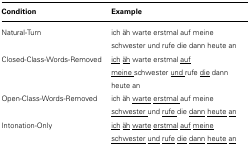
<table><thead><tr><td><b>Condition</b></td><td><b>Example</b></td></tr></thead><tbody><tr><td>Natural-Turn</td><td>ich äh warte erstmal auf meine schwester und rufe die dann heute an</td></tr><tr><td>Closed-Class-Words-Removed</td><td><underline>ich</underline><underline>äh</underline> warte erstmal <underline>auf</underline><underline>meine</underline> schwester <underline>und</underline> rufe <underline>die</underline> dann heute an</td></tr><tr><td>Open-Class-Words-Removed</td><td>ich äh <underline>warte</underline><underline>erstmal</underline> auf meine <underline>schwester</underline> und <underline>rufe</underline> die <underline>dann</underline><underline>heute</underline><underline>an</underline></td></tr><tr><td>Intonation-Only</td><td><underline>ich</underline><underline>äh</underline><underline>warte</underline><underline>erstmal</underline><underline>auf</underline><underline>meine</underline><underline>schwester</underline><underline>und</underline><underline>rufe</underline><underline>die</underline><underline>dann</underline><underline>heute</underline><underline>an</underline></td></tr></tbody></table>